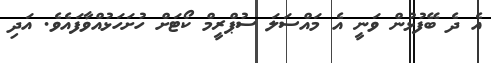
އެ ދެ ބޭފުޅުން ވަނީ އެ މައްސަލަ ސުޕްރީމް ކޯޓަށް ހުށަހަޅުއްވާފައެވެ. އަދި